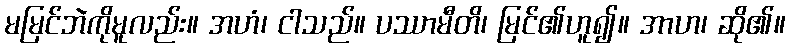
မမြင်ဘဲကိုမူလည်း။ အဟံ၊ ငါသည်။ ပဿာမီတိ၊ မြင်၏ဟူ၍။ အာဟ၊ ဆို၏။